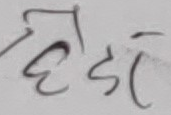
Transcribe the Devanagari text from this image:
हेडो